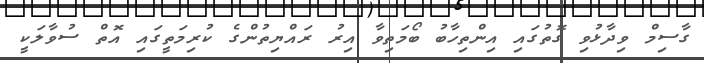
ގާސިމް ވިދާޅުވި ގޮތުގައި އިންތިހާބު ބޯމަތިވާ އިރު ރައްޔިތުންގެ ކުރިމަތީގައި އޮތް ސުވާލަކީ